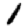
Digit: 1